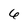
Character: 6